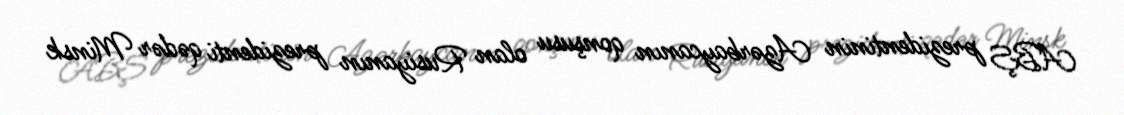
ABŞ prezidentinin Azərbaycanın qonşusu olan Rusiyanın prezidenti qədər Minsk